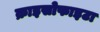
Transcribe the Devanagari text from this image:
क्राइसोफाइटा